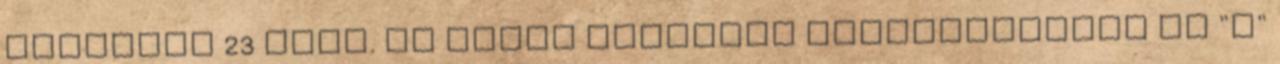
férőhely 23 ezer. Az eddig említett létesítmények az "A"